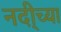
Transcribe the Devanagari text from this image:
नदी्च्या